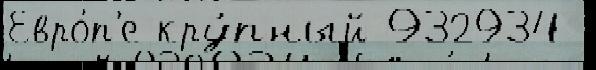
Евро́п'е кру́пный 932934